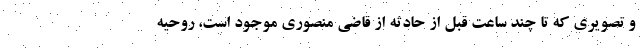
و تصویری که تا چند ساعت قبل از حادثه از قاضی منصوری موجود است، روحیه